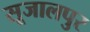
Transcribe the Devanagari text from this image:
सूजालपुर